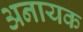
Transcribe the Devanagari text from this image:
अनायक